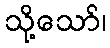
သို့သော်၊